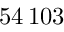
5 4 \, 1 0 3